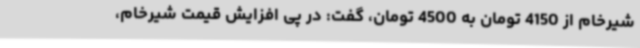
شیرخام از 4150 تومان به 4500 تومان، گفت: در پی افزایش قیمت شیرخام،